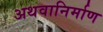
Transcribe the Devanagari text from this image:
अथवानिर्माण